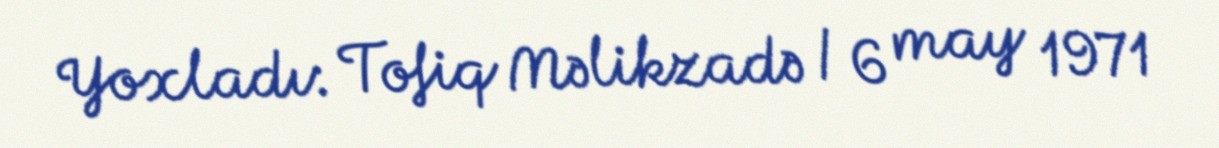
Yoxladı: Tofiq Məlikzadə / 6 may 1971